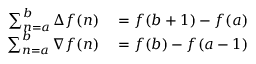
\begin{array} { r l } { \sum _ { n = a } ^ { b } \Delta f ( n ) } & { { } = f ( b + 1 ) - f ( a ) } \\ { \sum _ { n = a } ^ { b } \nabla f ( n ) } & { { } = f ( b ) - f ( a - 1 ) } \end{array}